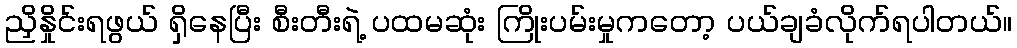
ညှိနှိုင်းရဖွယ် ရှိနေပြီး စီးတီးရဲ့ ပထမဆုံး ကြိုးပမ်းမှုကတော့ ပယ်ချခံလိုက်ရပါတယ်။